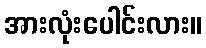
အားလုံးပေါင်းလား။